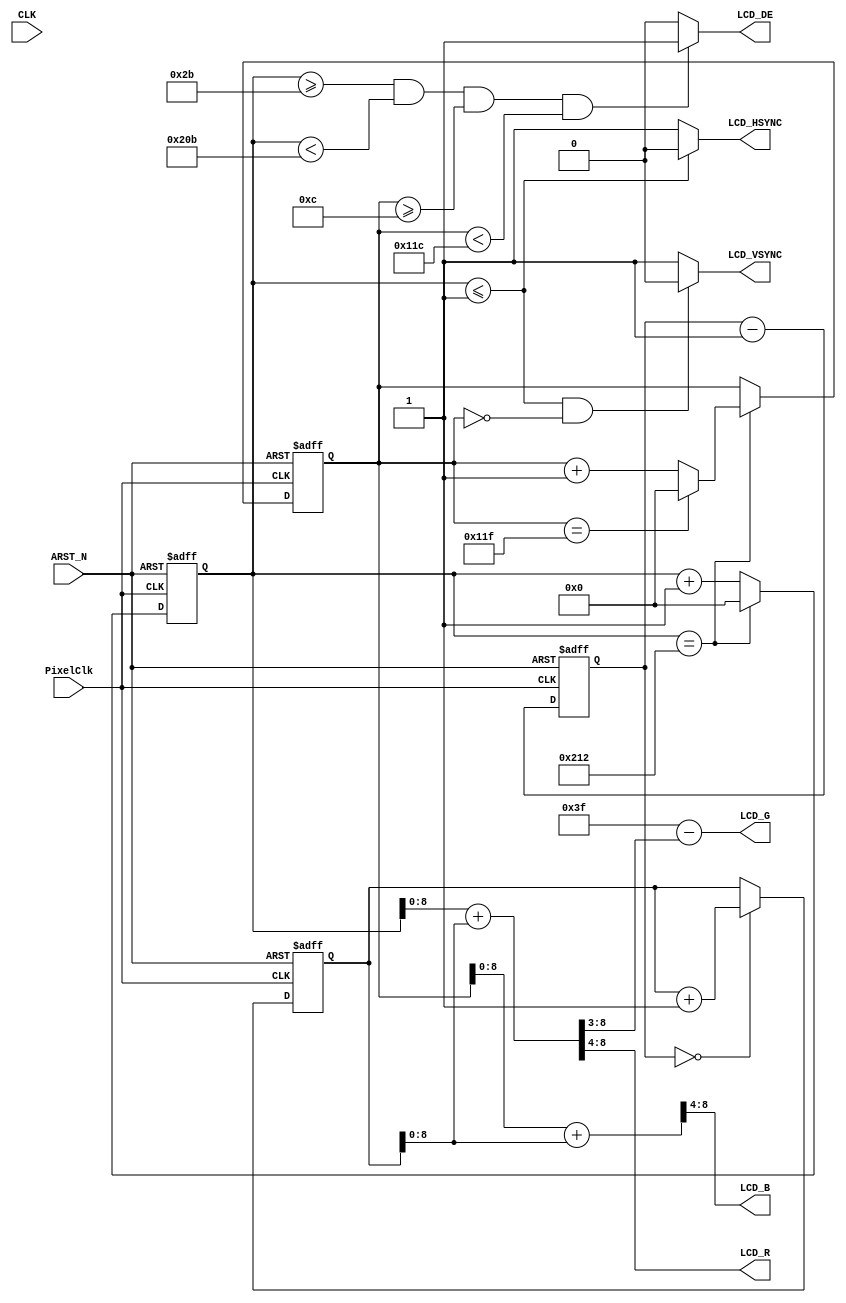
module vga
(
    input                   CLK,
    input                   ARST_N,

    input                   PixelClk,

    output                  LCD_DE,
    output                  LCD_HSYNC,
    output                  LCD_VSYNC,

    output          [4:0]   LCD_B,
    output          [5:0]   LCD_G,
    output          [4:0]   LCD_R
);

    reg         [11:0]  PixelCount;
    reg         [11:0]  LineCount;

    //Pulse include in back Pulse; t=Pulse, sync act; t=bp, data act; t=bp+height, data end

    // settings for Xiamen Zettler ATM0430D25
    localparam      WidthPixel  = 12'd480;
    localparam      H_BackPorch = 12'd43;
    localparam      H_FrontPorch= 12'd8;
    localparam      H_Pulse     = 12'd1;

    localparam      HeightPixel  = 12'd272;
    localparam      V_BackPorch = 12'd12;
    localparam      V_FrontPorch= 12'd4;
    localparam      V_Pulse     = 12'd10;

    /*
    // parameter for genuine TANG NANO display 800x480
    localparam      V_BackPorch = 16'd0;
    localparam      V_Pulse     = 16'd5;
    localparam      HeightPixel  = 16'd480;
    localparam      V_FrontPorch= 16'd45;

    localparam      H_BackPorch = 16'd182;
    localparam      H_Pulse     = 16'd1; 
    localparam      WidthPixel  = 16'd800;
    localparam      H_FrontPorch= 16'd210;
    */

    localparam      PixelForHS  =   WidthPixel + H_BackPorch + H_FrontPorch;
    localparam      LineForVS   =   HeightPixel + V_BackPorch + V_FrontPorch;

    always @(posedge PixelClk or negedge ARST_N)begin
        if(!ARST_N) begin
            LineCount <= 12'b0;
        end else if(PixelCount == PixelForHS - 1) begin
            if (LineCount == LineForVS - 1) begin
                LineCount <= 12'd0;
            end else begin
                LineCount <= LineCount + 1'b1;
            end
        end else begin
            LineCount <= LineCount;
        end
    end

    always @(posedge PixelClk or negedge ARST_N)begin
        if (!ARST_N) begin
            PixelCount <= 12'b0;
        end else if (PixelCount == PixelForHS - 1) begin
            PixelCount <= 12'b0;
        end else begin
            PixelCount <= PixelCount + 12'd1;
        end
    end

    assign LCD_HSYNC = (PixelCount <= H_Pulse) ? 1'b0 : 1'b1;
    assign LCD_VSYNC = (PixelCount <= H_Pulse && LineCount == 12'd0) ? 1'b0 : 1'b1;

    assign  LCD_DE = ((PixelCount >= H_BackPorch) && (PixelCount < H_BackPorch + WidthPixel) &&
                      ( LineCount >= V_BackPorch) && ( LineCount < V_BackPorch + HeightPixel)) ? 1'b1 : 1'b0;

    reg [14:0] trig_274_r;
    reg [11:0] offset_r;
    always @ (posedge PixelClk or negedge ARST_N) begin
        if (!ARST_N) begin
            trig_274_r <= 15'd0;
        end else begin
            trig_274_r <= trig_274_r - 15'd1;
        end
    end
    always @ (posedge PixelClk or negedge ARST_N) begin
        if (!ARST_N) begin
            offset_r <= 12'd0;
        end else if (trig_274_r == 15'd0) begin
            offset_r <= offset_r + 12'd1;
        end else begin
            offset_r <= offset_r;
        end
    end

    wire [11:0] x;
    wire [11:0] y;
    assign x = PixelCount + offset_r;
    assign y = LineCount + offset_r;

    assign  LCD_R = x[8:4];
    assign  LCD_G = 6'd63 - x[8:3];
    assign  LCD_B = y[8:4];
endmodule